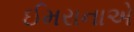
ઈમરાનાએ